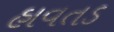
હાવતડ